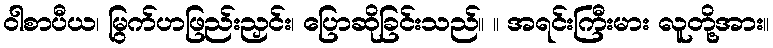
ဝါစာပီယ၊ မြွက်ဟဖြည်းညှင်း၊ ပြောဆိုခြင်းသည်။ ။ အရင်းကြီးမား လူတို့အား။